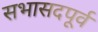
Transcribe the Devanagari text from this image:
सभासदपूर्व